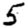
Digit: 5